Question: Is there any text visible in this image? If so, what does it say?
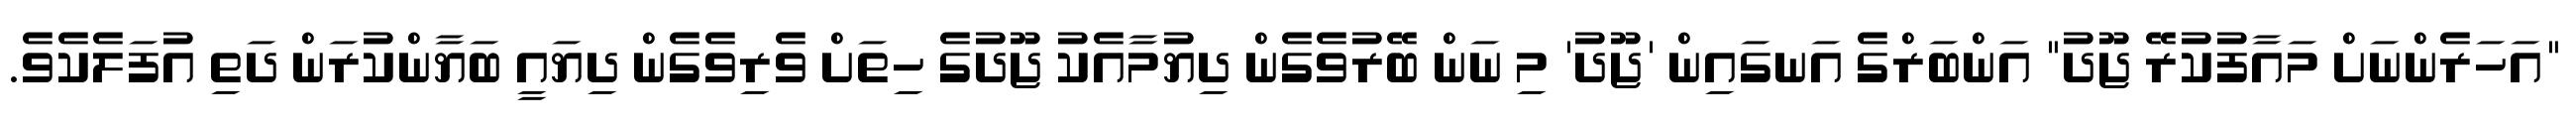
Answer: "އަހަރެންނަށް މައާފުކުރޭ ޖޫދު" އަންބަރްގެ އަނގައިން 'ޖޫދު' މި ނަން ބޭރުވެގެން ދިޔުމާއެކު ޖޫދުގެ ހިތަށް ވެރިވެގެން ދިޔައީ ބަޔާންކުރަން ދަތި އުފަލެކެވެ.